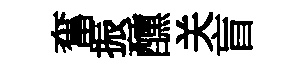
奮振醺关盲